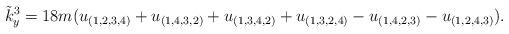
LaTeX: \begin{align*} \tilde k_{y}^3 = 18 m (u_{(1,2,3,4)}+ u_{(1,4,3,2)}+ u_{(1,3,4,2)}+u_{(1,3,2,4)}-u_{(1,4,2,3)}-u_{(1,2,4,3)}). \end{align*}